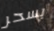
بسحر